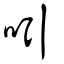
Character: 吲